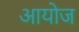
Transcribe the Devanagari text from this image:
आयोज